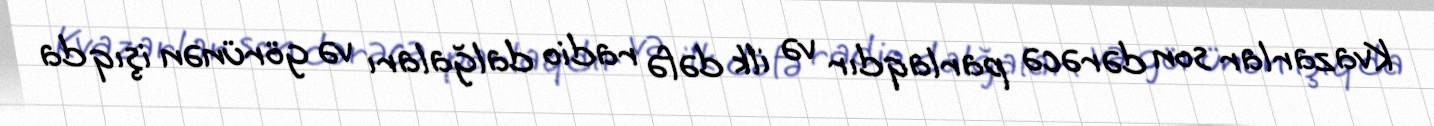
Kvazarlar son dərəcə parlaqdır və ilk dəfə radio dalğaları və görünən işıq da